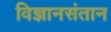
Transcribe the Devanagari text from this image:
विज्ञानसंतान